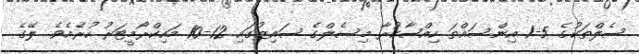
ސެލްތަކުގެ 5-1 އިންސައްތަ ހިއްޞާކުރާ މިސެލްގެ ސައިޒުގައި 12-10 މައިކްރޯމީޓަރު ހުރެއެވެ. ލޭގެ